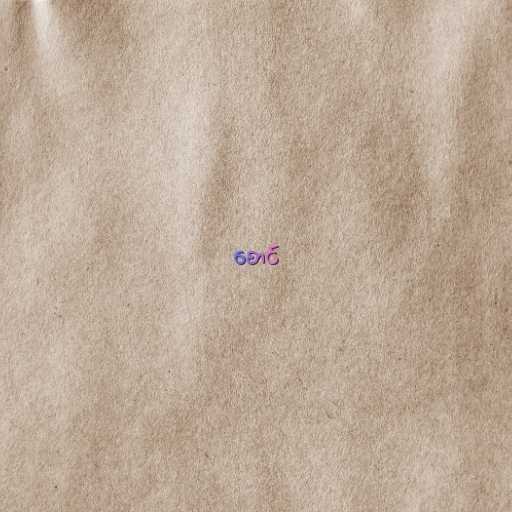
စောင်